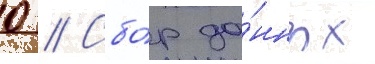
0 // Сбо́р да́нных